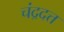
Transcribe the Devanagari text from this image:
चंद्रदत्त